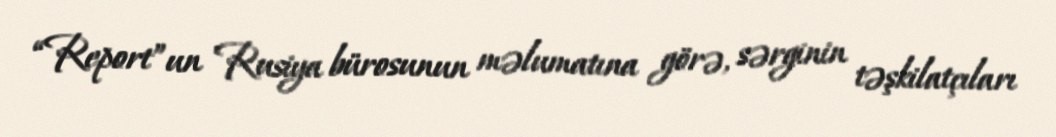
“Report”un Rusiya bürosunun məlumatına görə, sərginin təşkilatçıları